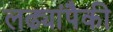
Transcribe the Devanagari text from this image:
लढ्यांपैकी